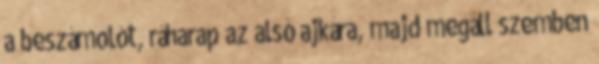
a beszámolót, ráharap az alsó ajkára, majd megáll szemben